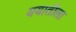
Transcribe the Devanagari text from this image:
ययातीला